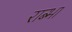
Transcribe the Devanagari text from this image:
राब्भा